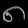
Digit: ၈